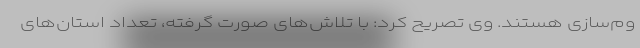
وم‌سازی هستند. وی تصریح کرد: با تلاش‌های صورت گرفته، تعداد استان‌های